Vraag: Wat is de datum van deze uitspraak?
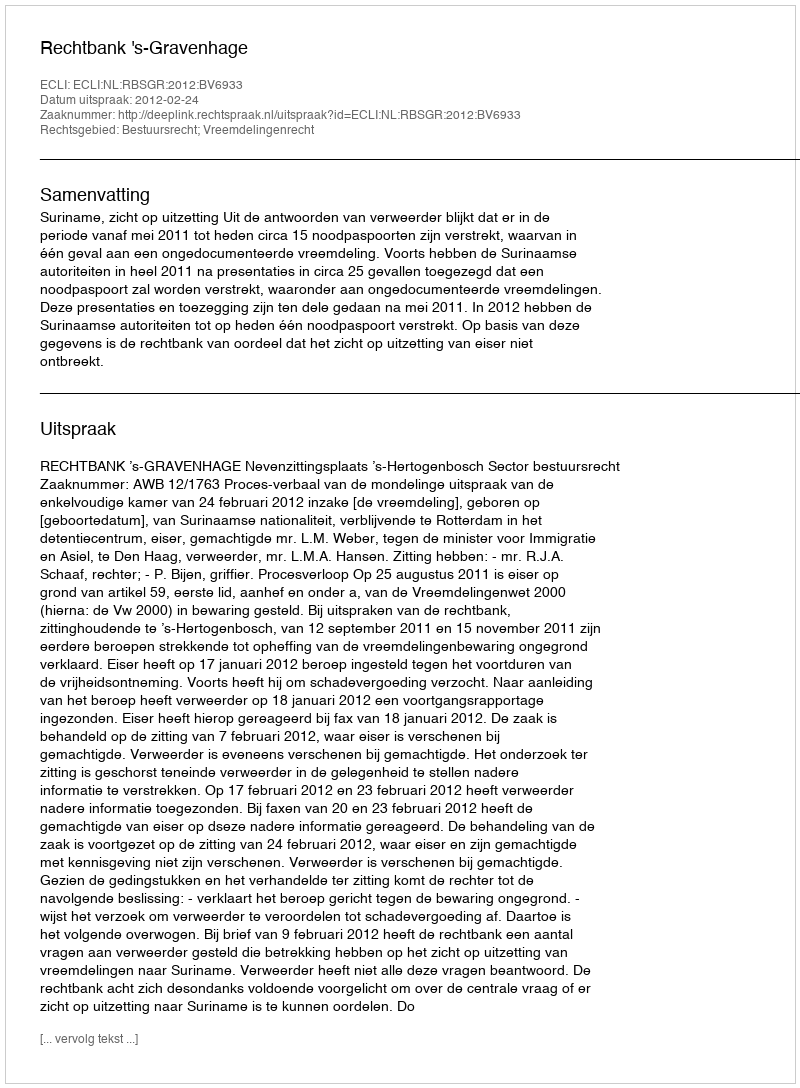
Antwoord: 2012-02-24